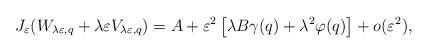
LaTeX: \begin{align*}J_{\varepsilon}(W_{\lambda\varepsilon,q}+\lambda\varepsilon V_{\lambda\varepsilon,q})=A+\varepsilon^{2}\left[\lambda B\gamma(q)+\lambda^{2}\varphi(q)\right]+o(\varepsilon^{2}),\end{align*}